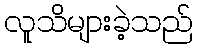
လူသိများခဲ့သည်